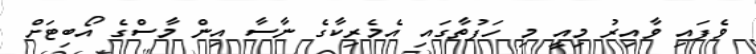
ވެފައި ވާއިރު މިއީ މި ހަފުތާގައި އެމެރިކާގެ ނާސާ އިން މާސްގެ އޯބިޓަށް